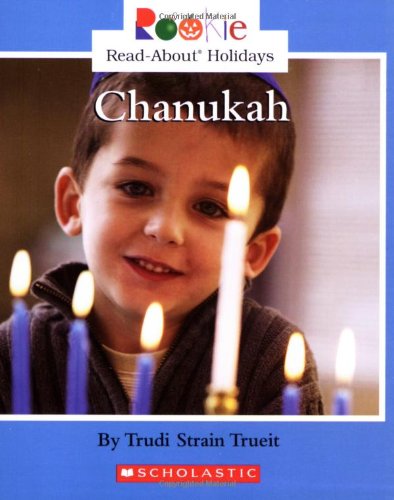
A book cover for Chanukah (Rookie Read-About Holidays); Trudi Strain Trueit; Children's Books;